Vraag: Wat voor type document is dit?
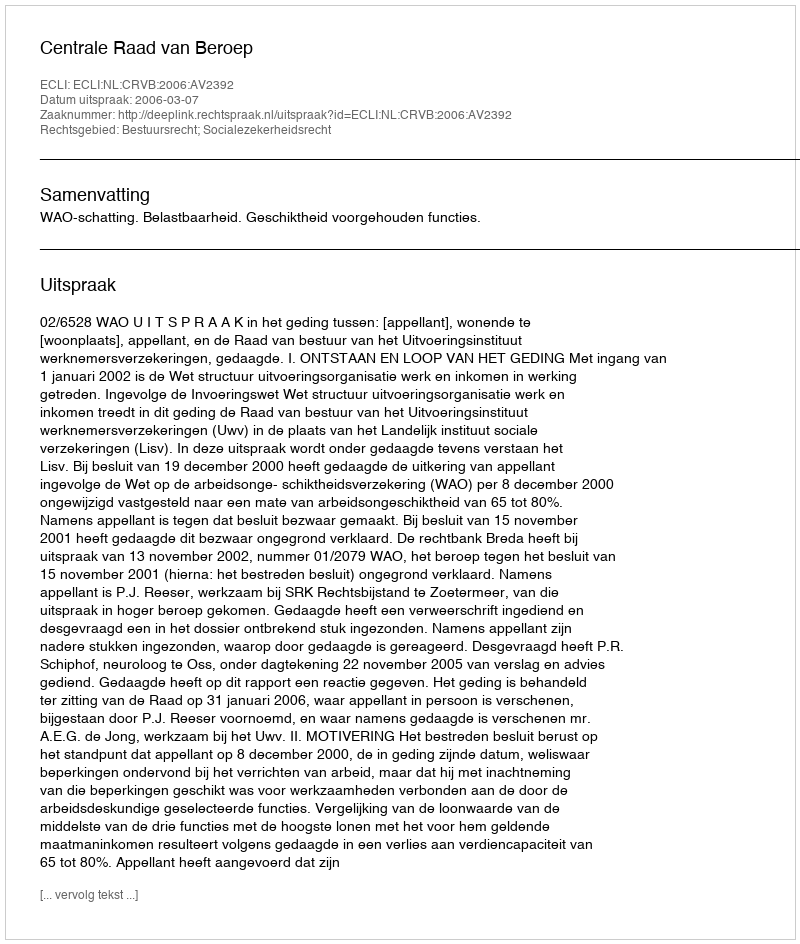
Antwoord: Uitspraak